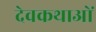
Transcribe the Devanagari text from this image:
देवकथाओं